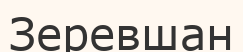
Зеревшан